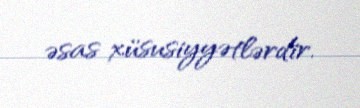
əsas xüsusiyyətlərdir.